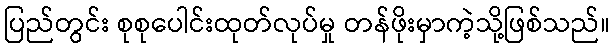
ပြည်တွင်း စုစုပေါင်းထုတ်လုပ်မှု တန်ဖိုးမှာကဲ့သို့ဖြစ်သည်။